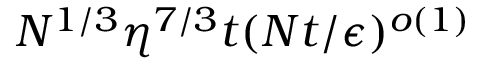
N ^ { 1 / 3 } \eta ^ { 7 / 3 } t ( N t / \epsilon ) ^ { o ( 1 ) }